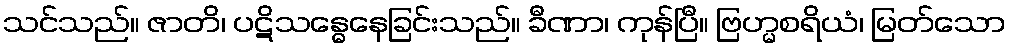
သင်သည်။ ဇာတိ၊ ပဋိသန္ဓေနေခြင်းသည်။ ခီဏာ၊ ကုန်ပြီ။ ဗြဟ္မစရိယံ၊ မြတ်သော